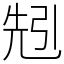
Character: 𠒒